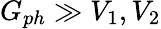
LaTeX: G_{ph}\gg V_{1},V_{2}